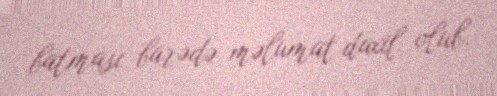
batması barədə məlumat daxil olub.